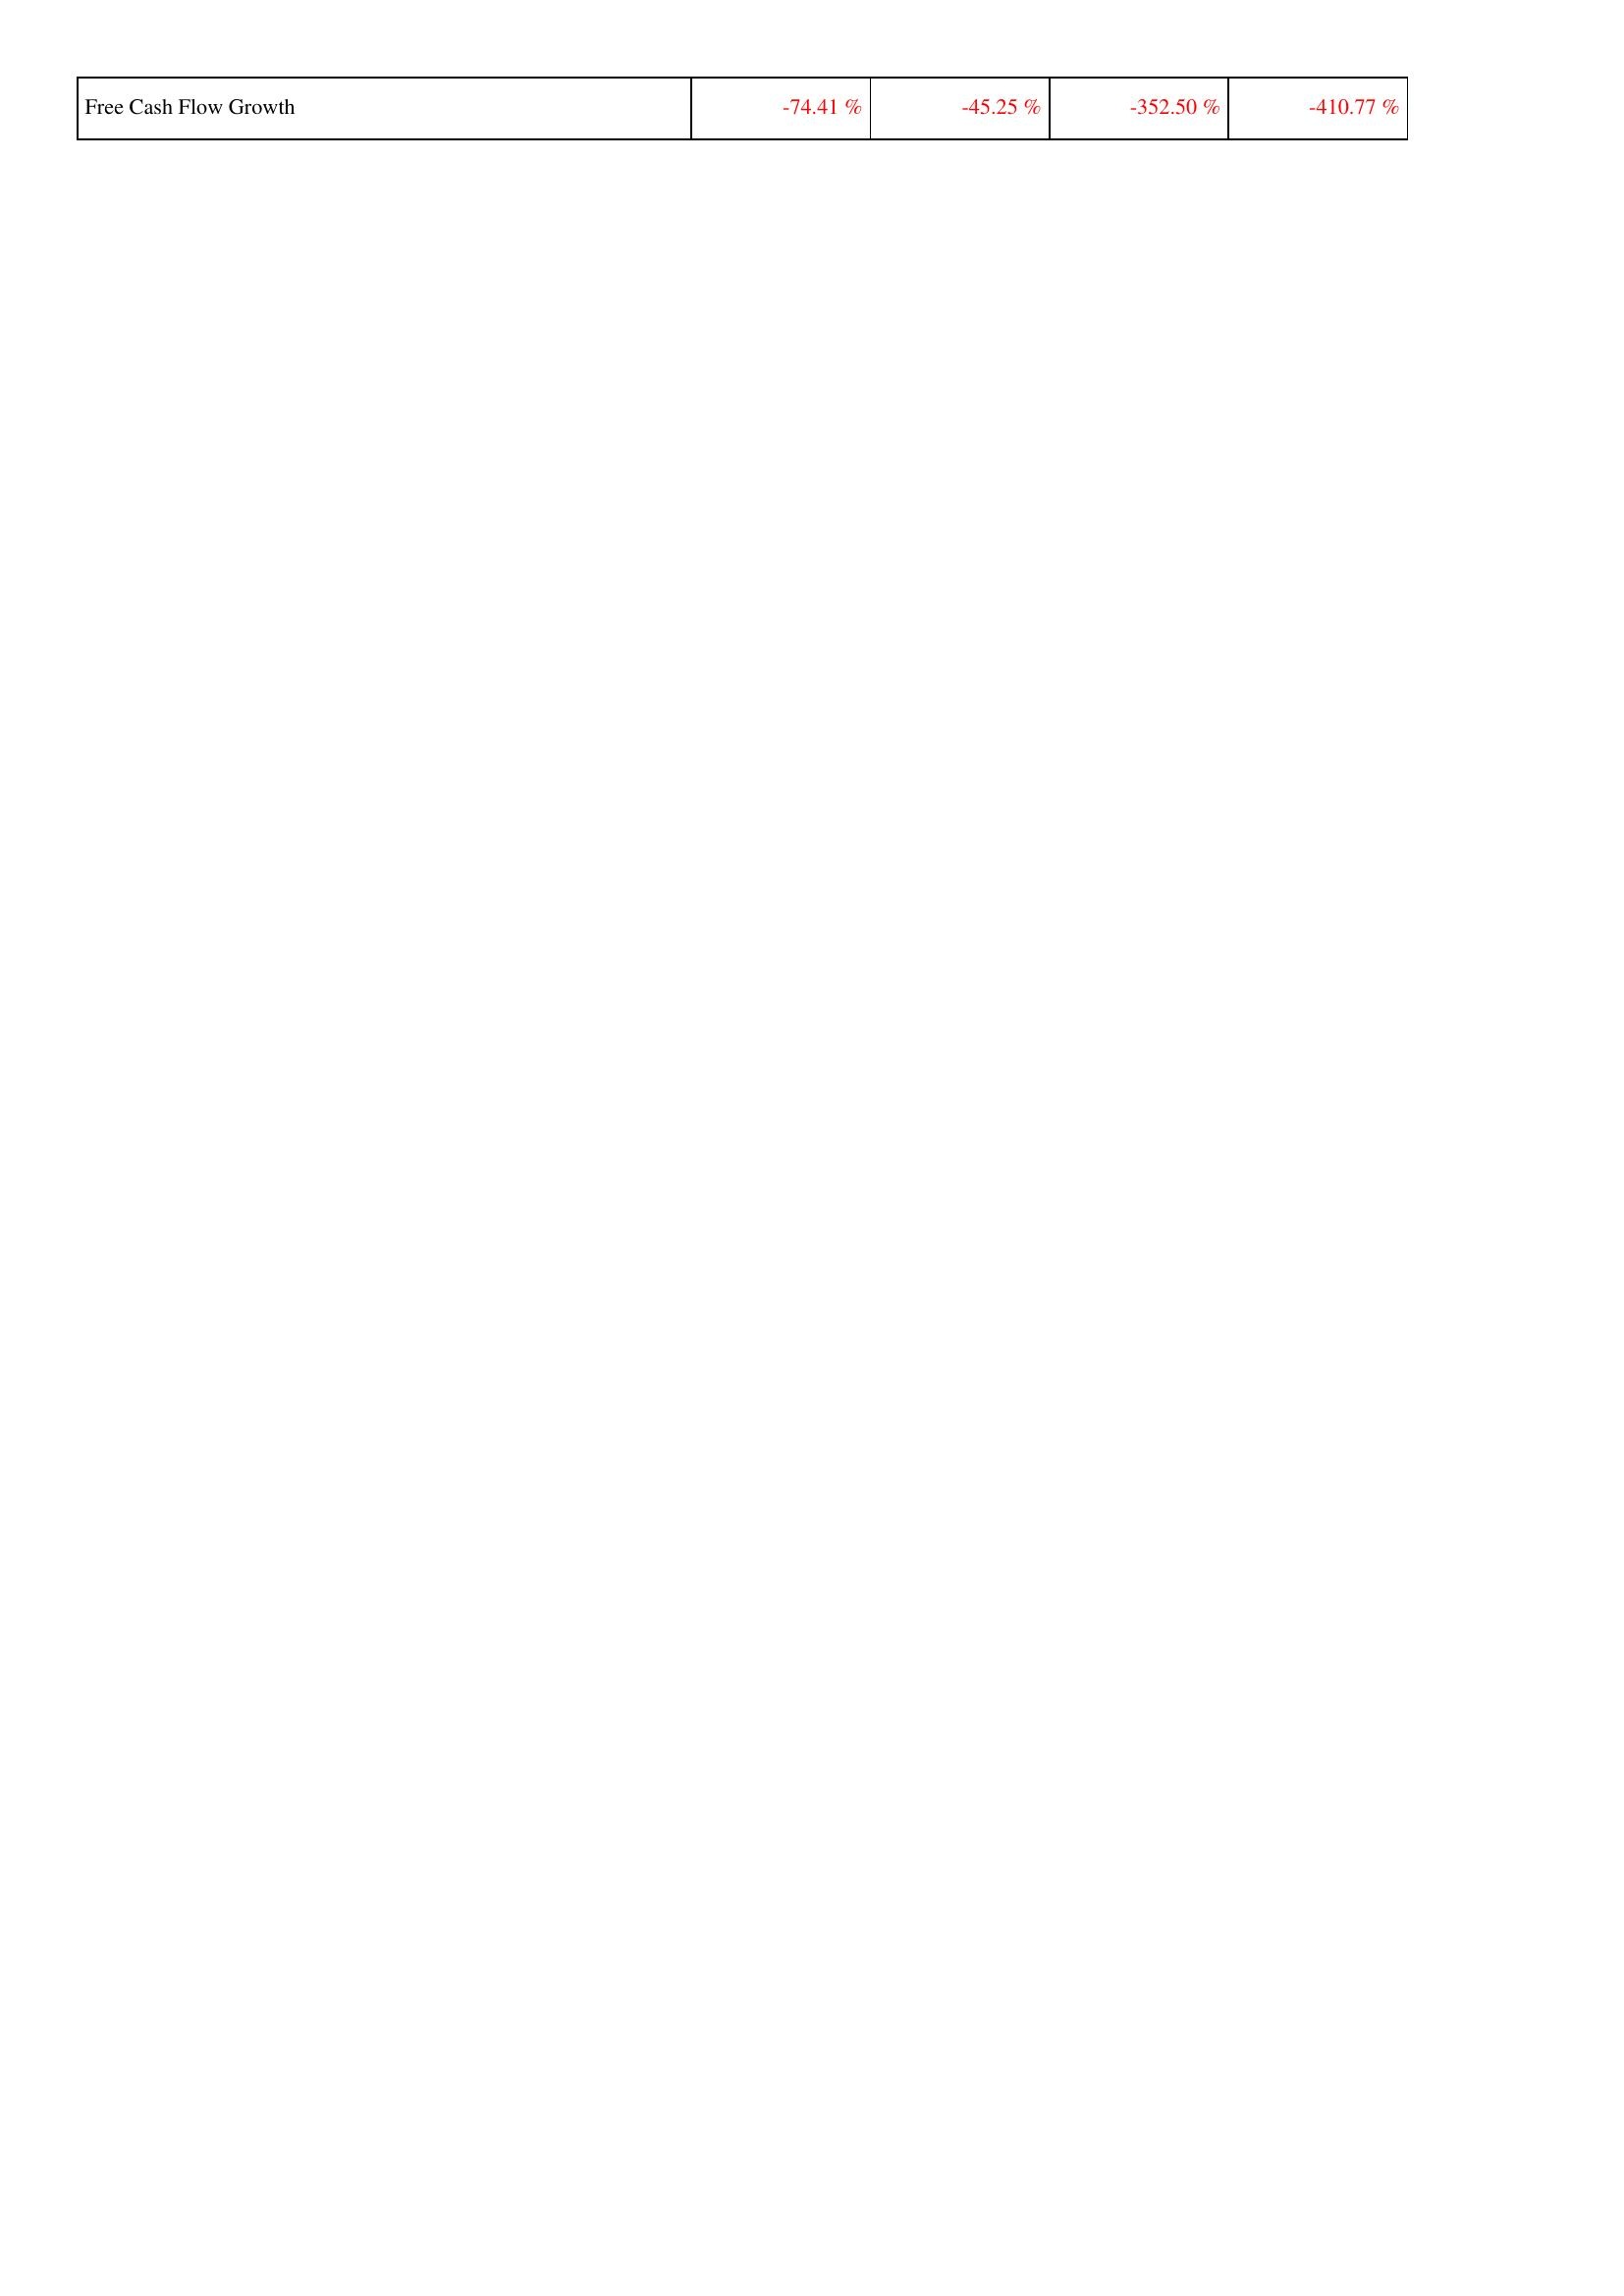
2015: Financing Activities: Free Cash Flow Growth: -74.41 %
2016: Financing Activities: Free Cash Flow Growth: -45.25 %
2017: Financing Activities: Free Cash Flow Growth: -352.50 %
2018: Financing Activities: Free Cash Flow Growth: -410.77 %